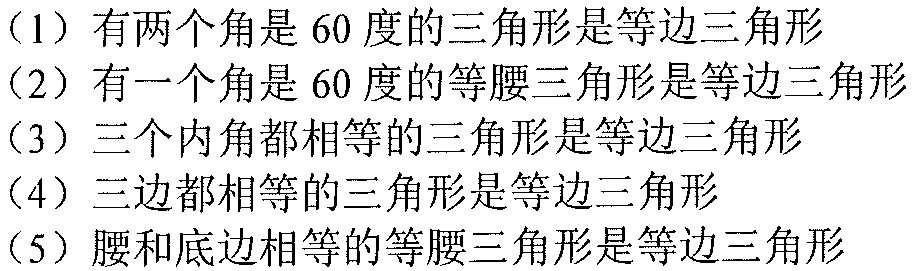
（1）有两个角是$60$度的三角形是等边三角形
（2）有一个角是$60$度的等腰三角形是等边三角形
（3）三个内角都相等的三角形是等边三角形
（4）三边都相等的三角形是等边三角形
（5）腰和底边相等的等腰三角形是等边三角形